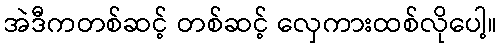
အဲဒီကတစ်ဆင့် တစ်ဆင့် လှေကားထစ်လိုပေါ့။